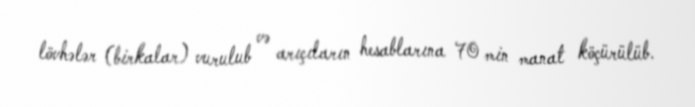
lövhələr (birkalar) vurulub və arıçıların hesablarına 70 min manat köçürülüb.